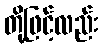
တို့ဖြင့်လည်း